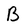
Character: B